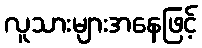
လူသားများအနေဖြင့်